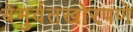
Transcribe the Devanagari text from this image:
बेमुर्वतखोरपणे